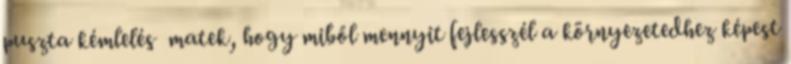
puszta kémlelés matek, hogy miből mennyit fejlesszél a környezetedhez képest